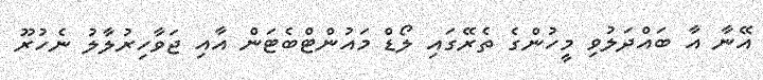
އޭނާ އާ ބައްދަލުވި މީހުންގެ ތެރޭގައި ލޯޑް މައުންޓްބެޓަން އާއި ޖަވާހިރުލާލު ނެހުރޫ